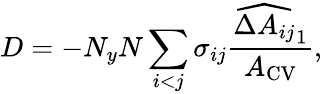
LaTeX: D=-N_{y}N\sum_{i<j}\sigma_{ij}\frac{\widehat{\Delta A_{ij}}_{1}}{A_{\mathrm{{CV}}}},